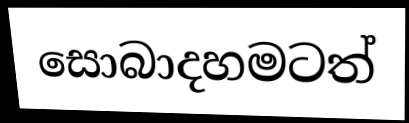
සොබාදහමටත්